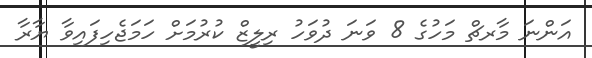
އަންނަ މާރޗް މަހުގެ 8 ވަނަ ދުވަހު ރިލީޒް ކުރުމަށް ހަމަޖެހިފައިވާ ޔާރާ